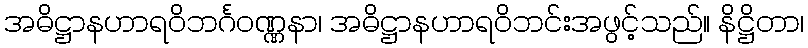
အဓိဋ္ဌာနဟာရဝိဘင်္ဂဝဏ္ဏနာ၊ အဓိဋ္ဌာနဟာရဝိဘင်းအဖွင့်သည်။ နိဋ္ဌိတာ၊